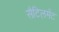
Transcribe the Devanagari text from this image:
सैटिलमेंट